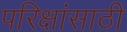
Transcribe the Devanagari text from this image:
परिक्षांसाठी